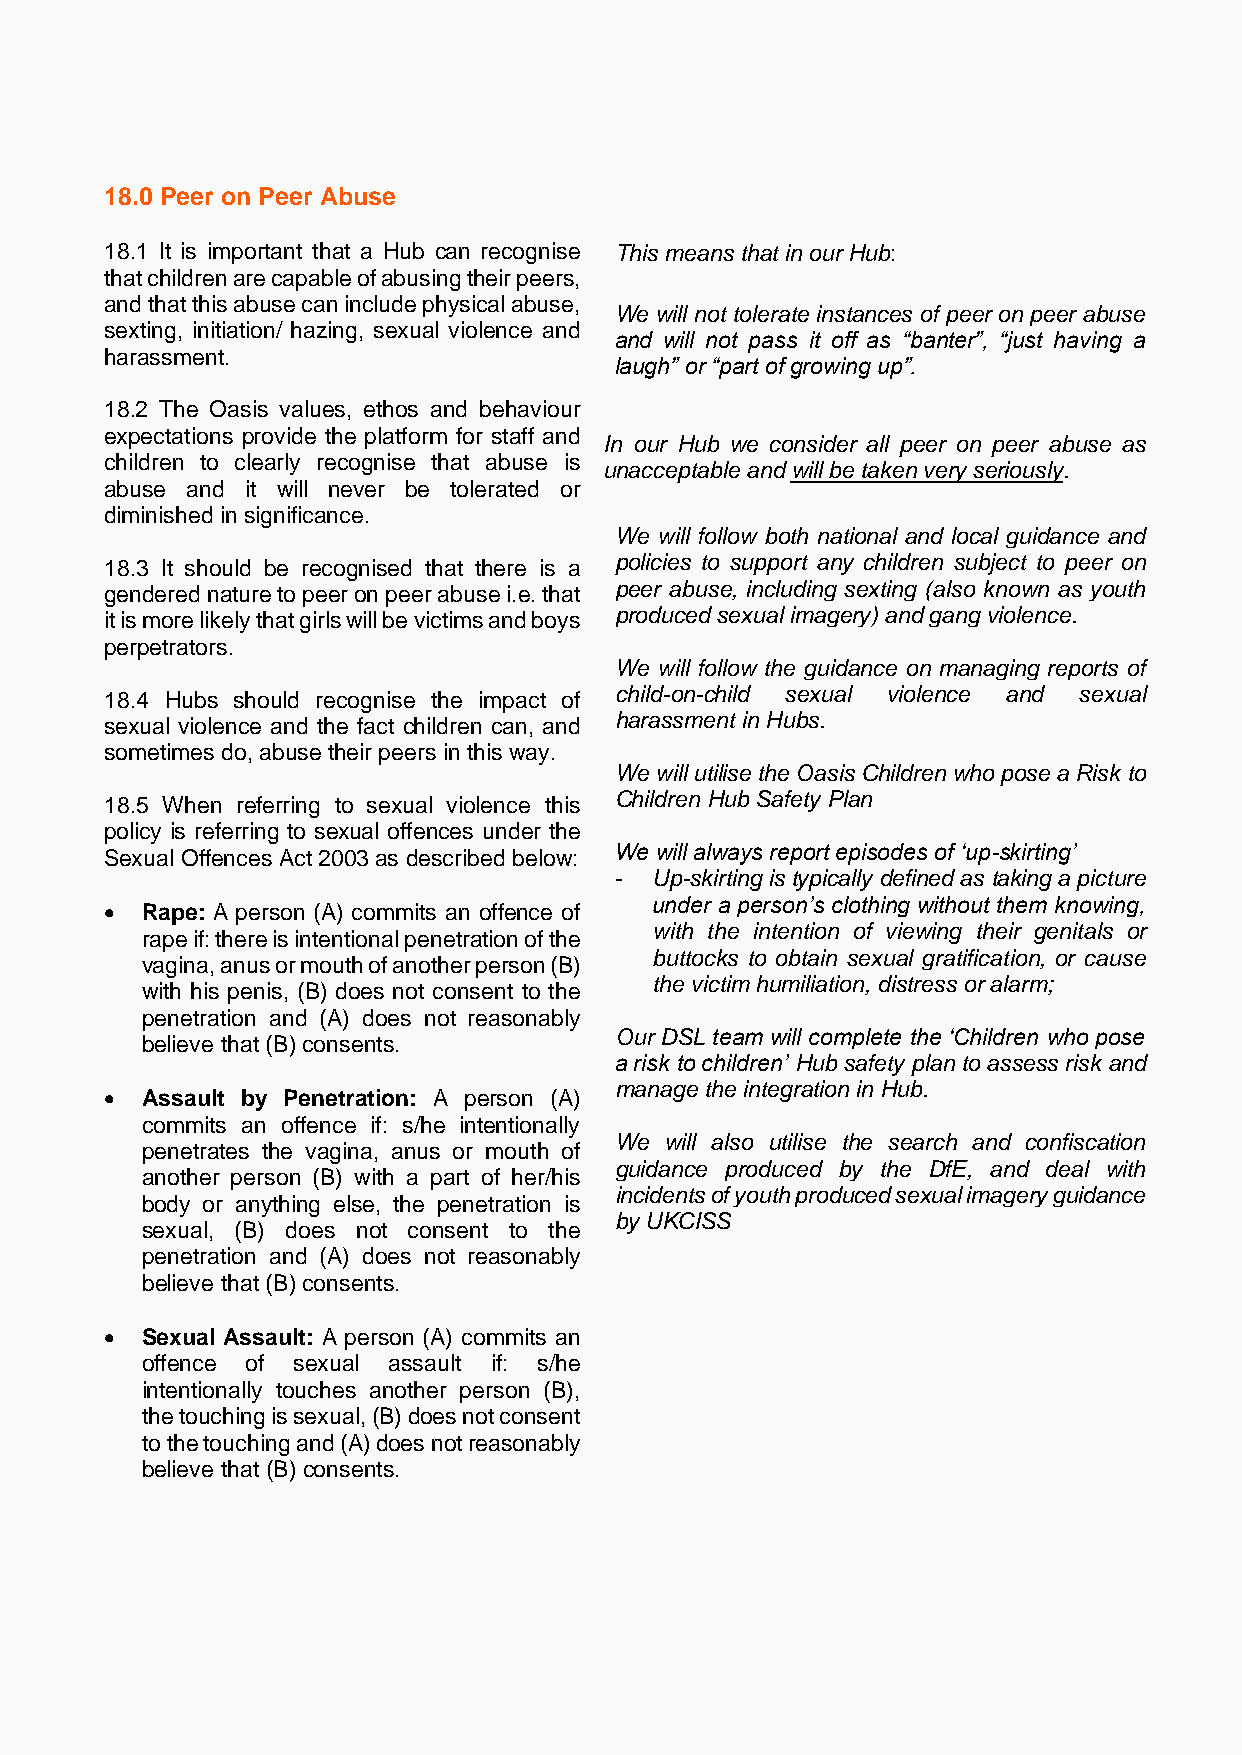
18.0 Peer on Peer Abuse
 18.1 It is important that a Hub can recognise This means that in our Hub:
 that children are capable of abusing their peers,
 and that this abuse can include physical abuse,
 We will not tolerate instances of peer on peer abuse
 sexting, initiation/ hazing, sexual violence and
 and will not pass it off as “banter”, “just having a
 harassment.
 laugh” or “part of growing up”.
 18.2 The Oasis values, ethos and behaviour
 expectations provide the platform for staff and
 In our Hub we consider all peer on peer abuse as
 children to clearly recognise that abuse is
 unacceptable and will be taken very seriously.
 abuse and it will never be tolerated or
 diminished in significance.
 We will follow both national and local guidance and
 18.3 It should be recognised that there is a policies to support any children subject to peer on
 gendered nature to peer on peer abuse i.e. that peer abuse, including sexting (also known as youth
 it is more likely that girls will be victims and boys produced sexual imagery) and gang violence.
 perpetrators.
 We will follow the guidance on managing reports of
 18.4 Hubs should recognise the impact of child-on-child sexual violence and sexual
 sexual violence and the fact children can, and harassment in Hubs.
 sometimes do, abuse their peers in this way.
 We will utilise the Oasis Children who pose a Risk to
 18.5 When referring to sexual violence this Children Hub Safety Plan
 policy is referring to sexual offences under the
 Sexual Offences Act 2003 as described below: We will always report episodes of ‘up-skirting’
 - Up-skirting is typically defined as taking a picture
 under a person’s clothing without them knowing,
 • Rape: A person (A) commits an offence of
 with the intention of viewing their genitals or
 rape if: there is intentional penetration of the
 buttocks to obtain sexual gratification, or cause
 vagina, anus or mouth of another person (B)
 the victim humiliation, distress or alarm;
 with his penis, (B) does not consent to the
 penetration and (A) does not reasonably
 Our DSL team will complete the ‘Children who pose
 believe that (B) consents.
 a risk to children’ Hub safety plan to assess risk and
 manage the integration in Hub.
 • Assault by Penetration: A person (A)
 commits an offence if: s/he intentionally
 We will also utilise the search and confiscation
 penetrates the vagina, anus or mouth of
 guidance produced by the DfE, and deal with
 another person (B) with a part of her/his
 incidents of youth produced sexual imagery guidance
 body or anything else, the penetration is
 by UKCISS
 sexual, (B) does not consent to the
 penetration and (A) does not reasonably
 believe that (B) consents.
 • Sexual Assault: A person (A) commits an
 offence of sexual assault if: s/he
 intentionally touches another person (B),
 the touching is sexual, (B) does not consent
 to the touching and (A) does not reasonably
 believe that (B) consents.